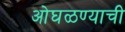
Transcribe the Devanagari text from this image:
ओघळण्याची